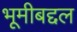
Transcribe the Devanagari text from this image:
भूमीबद्दल